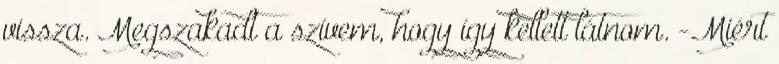
vissza. Megszakadt a szívem, hogy így kellett látnom. -Miért